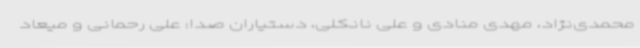
محمدی‌نژاد، مهدی منادی و علی نانکلی، دستیاران صدا: علی رحمانی و میعاد